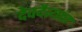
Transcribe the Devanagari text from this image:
देवदैत्यांत